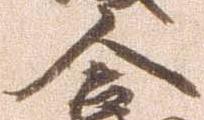
合